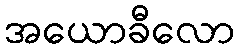
အယောခီလော